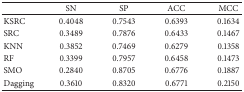
<table><thead><tr><td><b> </b></td><td><b> SN</b></td><td><b> SP</b></td><td><b> ACC</b></td><td><b> MCC</b></td></tr></thead><tbody><tr><td>KSRC</td><td>0.4048 </td><td>0.7543 </td><td>0.6393 </td><td>0.1634 </td></tr><tr><td>SRC</td><td>0.3489 </td><td>0.7876 </td><td>0.6433 </td><td>0.1467 </td></tr><tr><td>KNN</td><td>0.3852 </td><td>0.7469 </td><td>0.6279 </td><td>0.1358 </td></tr><tr><td>RF</td><td>0.3399 </td><td>0.7957 </td><td>0.6458 </td><td>0.1473 </td></tr><tr><td>SMO</td><td>0.2840</td><td>0.8705</td><td>0.6776</td><td>0.1887</td></tr><tr><td>Dagging</td><td>0.3610</td><td>0.8320</td><td>0.6771</td><td>0.2150</td></tr></tbody></table>